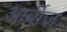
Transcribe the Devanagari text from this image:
आर्बीज़